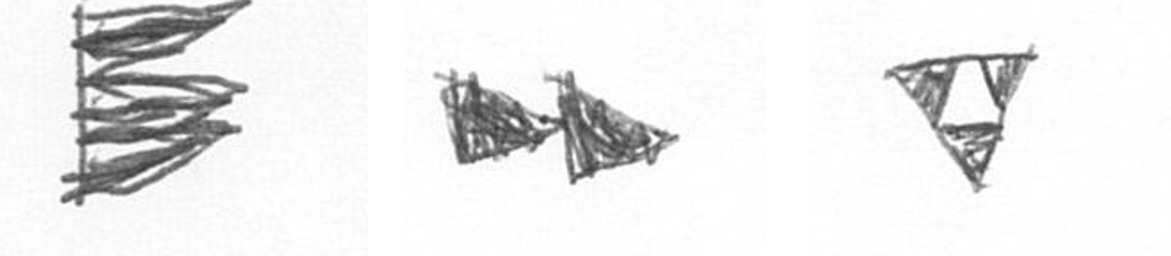
H A S